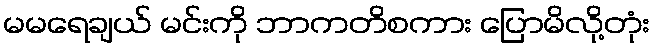
မမရေချယ် မင်းကို ဘာကတိစကား ပြောမိလို့တုံး